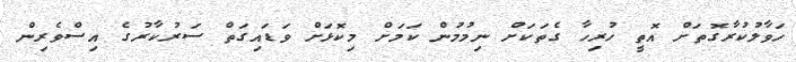
ހަވާލުކުރާގޮތަށް އޮތީ ހުރިހާ ގެތަކަށް ނިމުމުން ކަމަށް މިކޮޅަށް ވަޑައިގަތް ސަރުކާރުގެ އިސްވެރިން